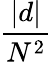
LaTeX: \frac{|d|}{N^{2}}